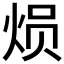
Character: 𤈶